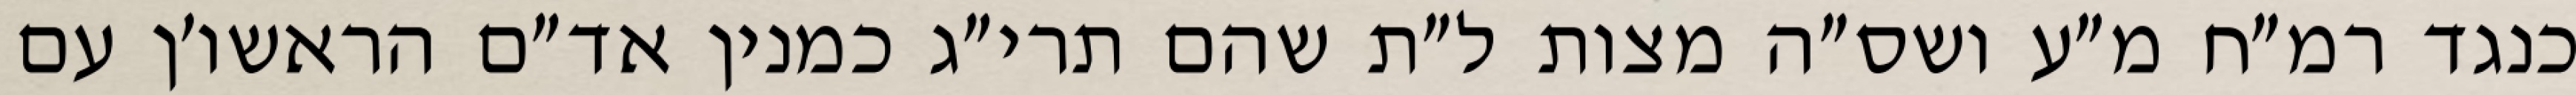
כנגד רמ״ח מ״ע ושס״ה מצות ל״ת שהם תרי״ג כמנין אד״ם הראשו׳ן עם